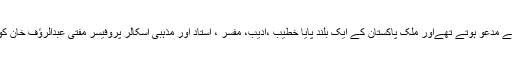
مجھے نقابت کرنا ہوتی تھی ،رانا صاحب نعت خوانی کے لئے مدعو ہوتے تھےاور ملک پاکستان کے ایک بلند پایا خطیب ،ادیب، مفسر ، استاد اور مذہبی اسکالر پروفیسر مفتی عبدالرؤف خان کو آخر میں سیرت النبی کے حوالے سے خطاب کرنا ہوتا تھا ۔